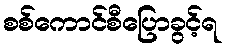
စစ်ကောင်စီပြောခွင့်ရ